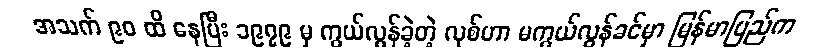
အသက် ၉၀ ထိ နေပြီး ၁၉၇၉ မှ ကွယ်လွန်ခဲ့တဲ့ လုစ်ဟာ မကွယ်လွန်ခင်မှာ မြန်မာပြည်က